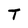
Character: T